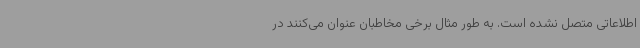
اطلاعاتی متصل نشده است. به طور مثال برخی مخاطبان عنوان می‌کنند در